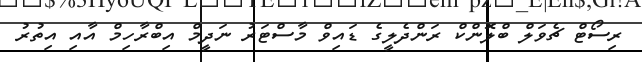
ރިސޯޓް ޗެވަލް ބްލޮންކް ރަންދެލީގެ ޑައިވް މާސްޓަރު ނަދީމް އިބްރާހިމް އާއި އިތުރު